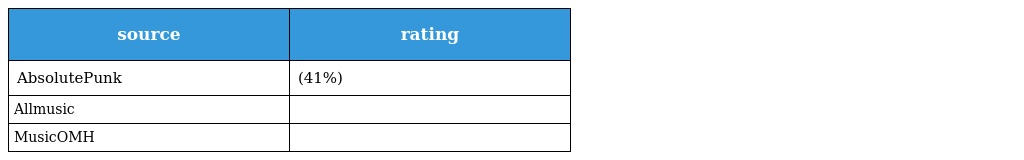
| source | rating |
 | --- | --- |
 | AbsolutePunk | (41%) |
 | Allmusic |  |
 | MusicOMH |  |